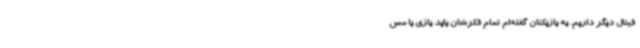
فینال دیگر داریم. به بازیکنان گفته‌ام تمام فکرشان باید بازی با مس